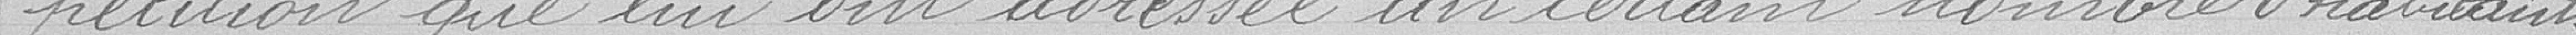
pétition que lui ont adressée un certain nombre d'habitants